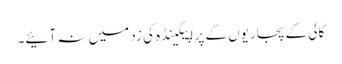
کالی کے پجاریوں کے پراپیگینڈہ کی زد میں نہ آئیے۔